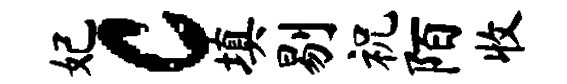
妃c填剔祝陌收